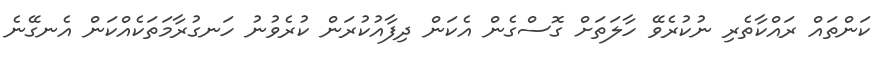
ކަންތައް ރައްކާތެރި ނުކުރެވޭ ހާލަތަށް ގޮސްގެން އެކަން ދިފާއުކުރަން ކުރެވުނު ހަނގުރާމަތަކެއްކަން އެނގޭނެ